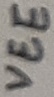
Text: VEE